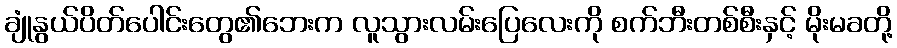
ချုံနွယ်ပိတ်ပေါင်းတွေ၏ဘေးက လူသွားလမ်းပြေလေးကို စက်ဘီးတစ်စီးနှင့် မိုးမခတို့